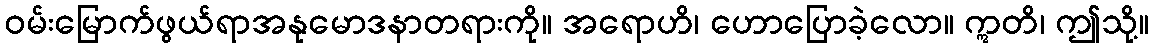
ဝမ်းမြောက်ဖွယ်ရာအနုမောဒနာတရားကို။ အရောဟိ၊ ဟောပြောခဲ့လော။ ဣတိ၊ ဤသို့။